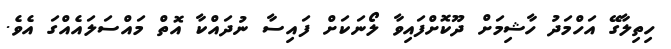
ހިތިލާގޭ އަހްމަދު ހާޝިމަށް ދޫކޮށްފައިވާ ލޯނަކަށް ފައިސާ ނުދައްކާ އޮތް މައްސަލައެއްގަ އެވެ.